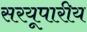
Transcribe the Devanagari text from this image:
सरयूपारीय